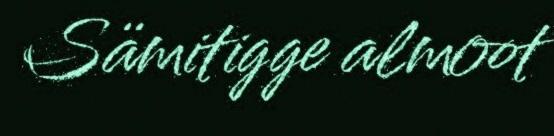
Sämitigge almoot